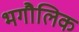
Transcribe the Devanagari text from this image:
भगौलिक